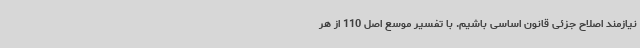
نیازمند اصلاح جزئی قانون اساسی باشیم. با تفسیر موسع اصل 110 از هر